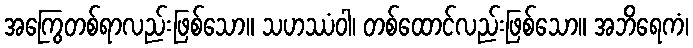
အကြွေတစ်ရာလည်းဖြစ်သော။ သဟဿံဝါ၊ တစ်ထောင်လည်းဖြစ်သော။ အဘိရေကံ၊